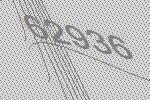
62936